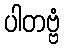
ပါတဗ္ဗံ